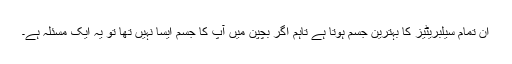
ان تمام سیلبریٹیز کا بہترین جسم ہوتا ہے تاہم اگر بچپن میں آپ کا جسم ایسا نہیں تھا تو یہ ایک مسئلہ ہے۔